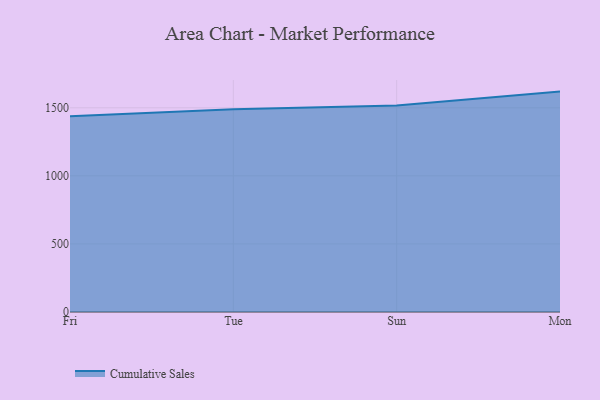
{"axis": {"x": "Day", "y": "Shipments"}, "legend": ["Cumulative Sales"], "data": [{"x": "Fri", "y": 1437.9, "type": "Cumulative Sales"}, {"x": "Tue", "y": 1488.6, "type": "Cumulative Sales"}, {"x": "Sun", "y": 1516.6, "type": "Cumulative Sales"}, {"x": "Mon", "y": 1618.8, "type": "Cumulative Sales"}]}